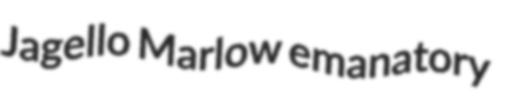
Jagello Marlow emanatory